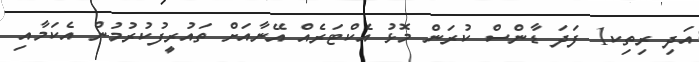
އަދި ރިތިކ1 ފަދަ ޑާންސް ކުރަން މޮޅު އެކްޓަރެއް އޭނާއަށް ތައުރީފުކުރުމުން އެކަމާއި